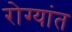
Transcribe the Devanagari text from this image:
रोग्यांत